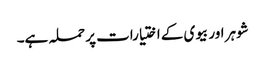
شوہر اور بیوی کے اختیارات پر حملہ ہے۔